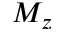
M _ { z }